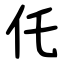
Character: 仛